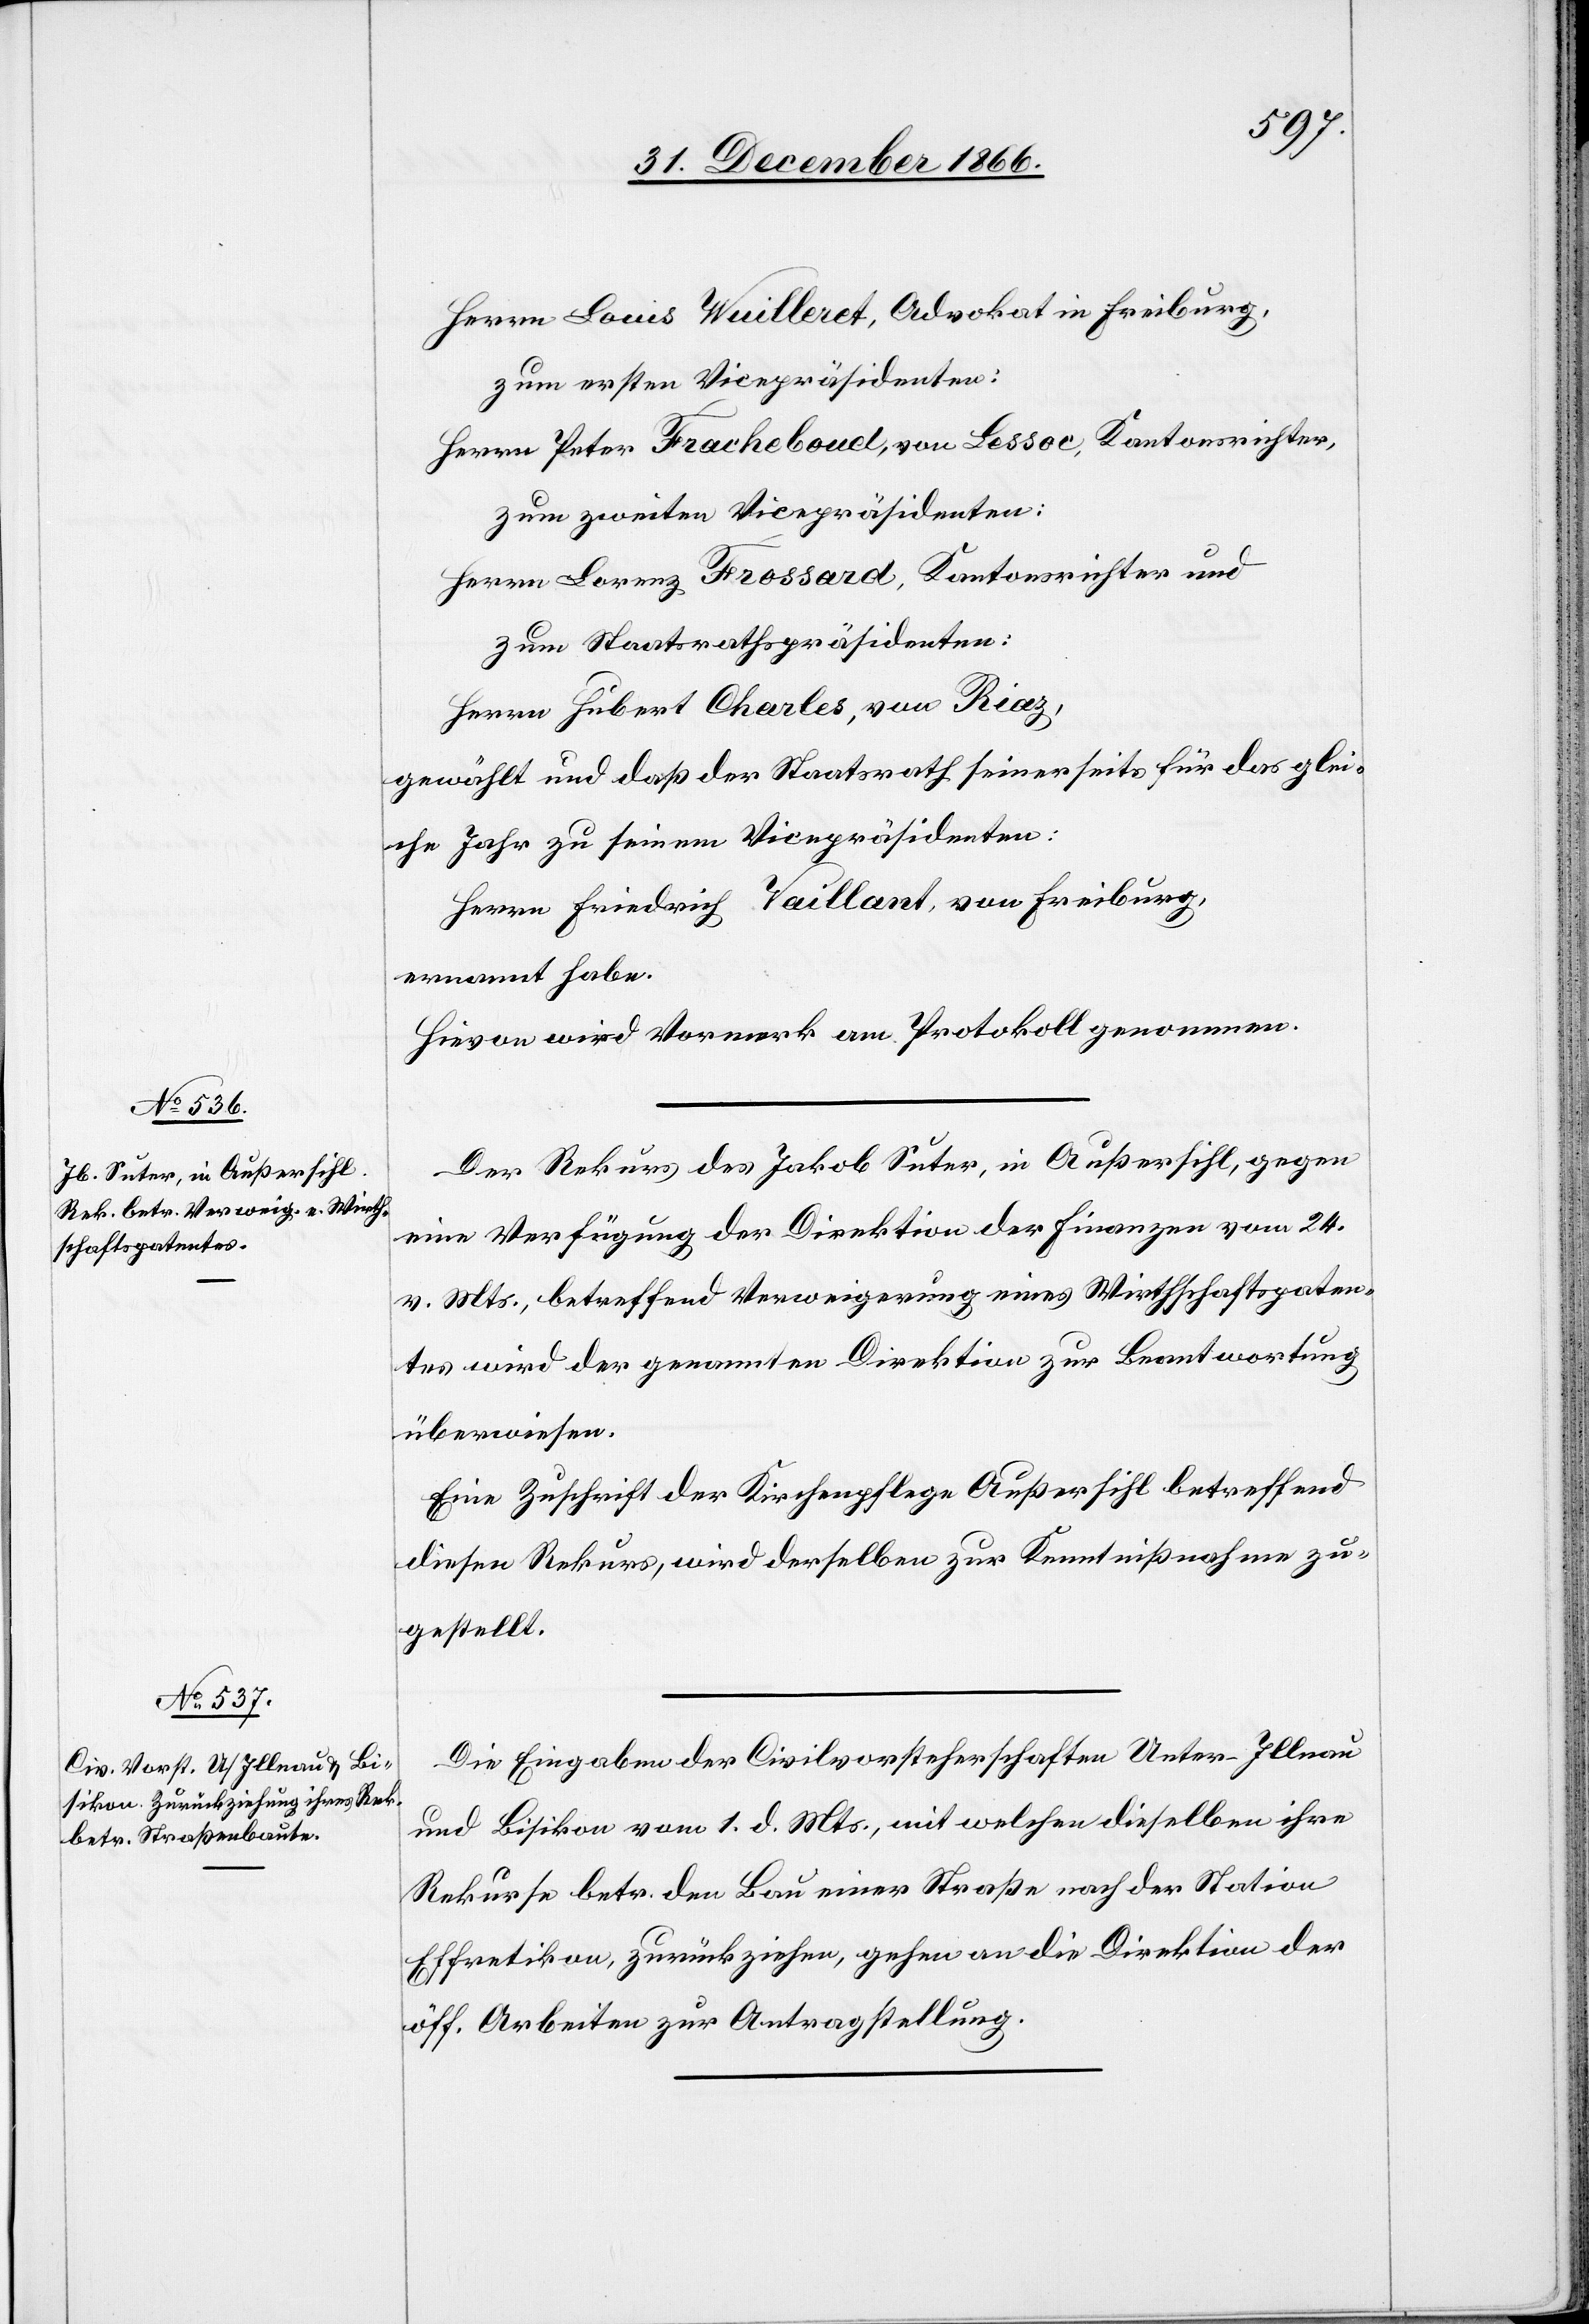
Herrn Louis Wuilleret, Advokat in Freiburg,
zum ersten Vicepräsidenten:
Herrn Peter Fracheboud, von Lessoc, Kantonsrichter,
zum zweiten Vicepräsidenten:
Herrn Lorenz Frossard, Kantonsrichter und
zum Staatsrathspräsidenten:
Herrn Hubert Charles, von Riaz,
gewählt und daß der Staatsrath seinerseits für das glei¬
che Jahr zu seinem Vicepräsidenten:
Herrn Friedrich Vaillant, von Freiburg,
ernannt habe.
Hievon wird Vormerk am Protokoll genommen.
Der Rekurs des Jakob Suter, in Außersihl, gegen
eine Verfügung der Direktion der Finanzen vom 24.
v. Mts., betreffend Verweigerung eines Wirthschaftspaten¬
tes wird der genannten Direktion zur Beantwortung
überwiesen.
Eine Zuschrift der Kirchenpflege Außersihl betreffend
diesen Rekurs, wird derselben zur Kenntnißnahme zu¬
gestellt.
Die Eingaben der Civilvorsteherschaften Unter-Illnau
und Bisikon vom 1. d. Mts., mit welchen dieselben ihre
Rekurse betr. den Bau einer Straße nach der Station
Effretikon, zurückziehen, gehen an die Direktion der
öff. Arbeiten zur Antragstellung.